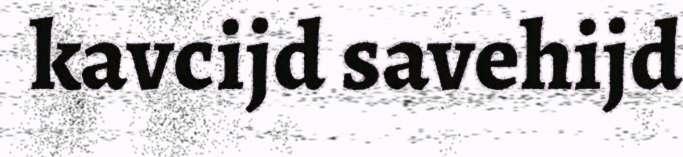
kavcijd savehijd